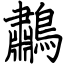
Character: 鷫